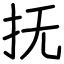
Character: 抚